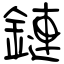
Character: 鏈